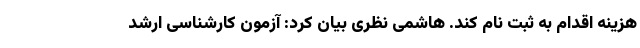
ھزینه اقدام به ثبت نام کند. هاشمی نظری بیان کرد: آزمون کارشناسی ارشد